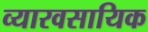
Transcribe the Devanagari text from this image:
व्यारवसायिक